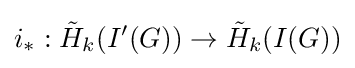
i_{*}:{\tilde {H}}_{k}(I'(G))\to {\tilde {H}}_{k}(I(G))